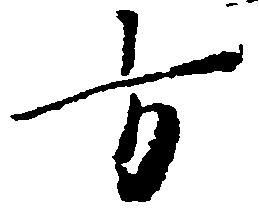
方